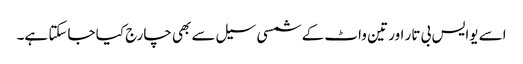
اسے یوایس بی تار اور تین واٹ کے شمسی سیل سے بھی چارج کیا جاسکتا ہے۔